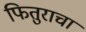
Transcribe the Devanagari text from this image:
फितुराचा